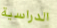
الدراسية